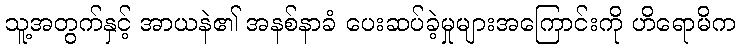
သူ့အတွက်နှင့် အာယနဲ၏ အနစ်နာခံ ပေးဆပ်ခဲ့မှုများအကြောင်းကို ဟိရောမိက